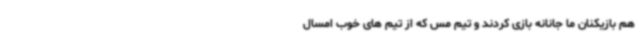
هم بازیکنان ما جانانه بازی کردند و تیم مس که از تیم های خوب امسال